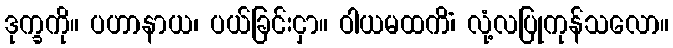
ဒုက္ခကို။ ပဟာနာယ၊ ပယ်ခြင်းငှာ။ ဝါယမထကိံ၊ လုံ့လပြုကုန်သလော။